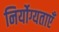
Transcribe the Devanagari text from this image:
निर्योग्यताएँ